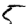
Digit: 5